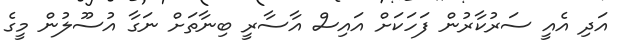
އަދި އެއީ ސަރުކާރުން ފަހަކަށް އައިސް އާސާރީ ބިނާތަށް ނަގާ އުސޫލުން މީގެ